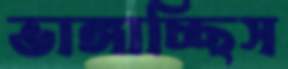
ভাঙ্গাচ্ছিস